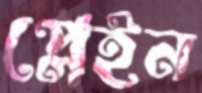
প্লেইন